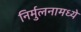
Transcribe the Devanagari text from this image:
निर्मुलनामध्ये